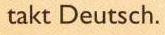
takt Deutsch.